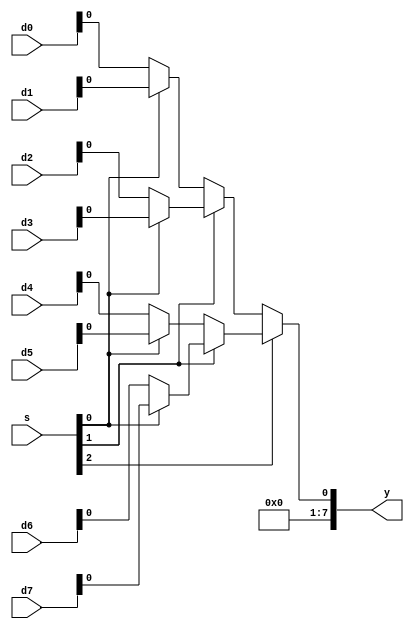

module mux8
#(
  
  parameter WIDTH = 8
)
(
  input  wire [WIDTH-1:0] d0,
  input  wire [WIDTH-1:0] d1,
  input  wire [WIDTH-1:0] d2,
  input  wire [WIDTH-1:0] d3,
  input  wire [WIDTH-1:0] d4,
  input  wire [WIDTH-1:0] d5,
  input  wire [WIDTH-1:0] d6,
  input  wire [WIDTH-1:0] d7,
  input  wire [2:0]       s, 
  output wire [WIDTH-1:0] y
);

wire y0;
wire y1;
   
assign y0 = s[1] ? (s[0] ? d3 : d2) : (s[0] ? d1 : d0);
assign y1 = s[1] ? (s[0] ? d7 : d6) : (s[0] ? d5 : d4);
assign y  = s[2] ? y1 : y0;

endmodule // mux4